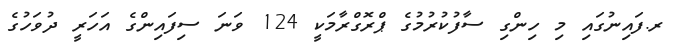
ރ.ފައިނުގައި މި ހިންގި ސާފުކުރުމުގެ ޕްރޮގްރާމަކީ 124 ވަނަ ސިފައިންގެ އަހަރީ ދުވަހުގެ